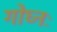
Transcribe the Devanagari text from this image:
गोघ्नः